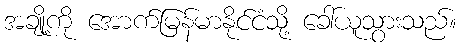
အချို့ကို အောက်မြန်မာနိုင်ငံသို့ ခေါ်ယူသွားသည်။